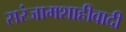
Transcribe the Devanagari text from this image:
सरंजामशाहीवादी